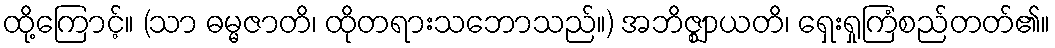
ထို့ကြောင့်။ (သာ ဓမ္မဇာတိ၊ ထိုတရားသဘောသည်။) အဘိဇ္ဈာယတိ၊ ရှေးရှုကြံစည်တတ်၏။